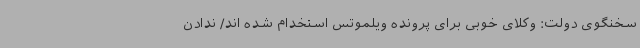
سخنگوی دولت: وکلای خوبی برای پرونده ویلموتس استخدام شده اند/ ندادن